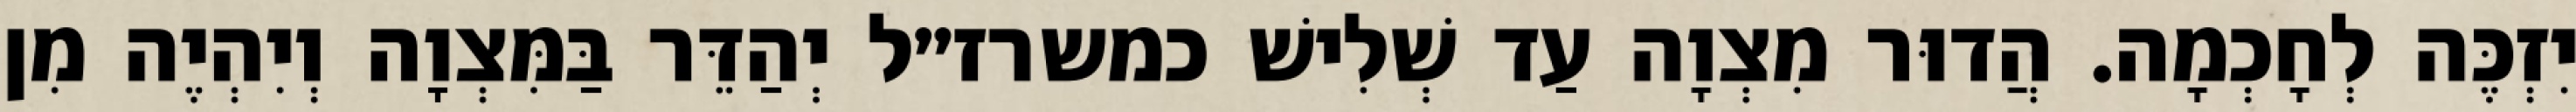
יִזְכֶּה לְחָכְמָה. הֲדוּר מִצְוָה עַד שְׁלִישׁ כמשרז״ל יְהַדֵּר בַּמִּצְוָה וְיִהְיֶה מִן